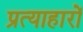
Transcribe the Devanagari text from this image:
प्रत्याहारों